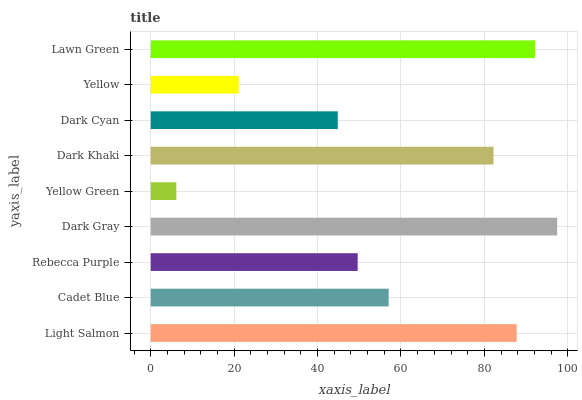
| yaxis_label | bars |
 | --- | --- |
 | Light Salmon | 87.7 |
 | Cadet Blue | 57.1 |
 | Rebecca Purple | 49.6 |
 | Dark Gray | 97.5 |
 | Yellow Green | 6.14 |
 | Dark Khaki | 82.2 |
 | Dark Cyan | 44.9 |
 | Yellow | 21.1 |
 | Lawn Green | 92.1 |